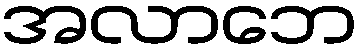
အလာဘေ